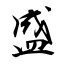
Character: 盛